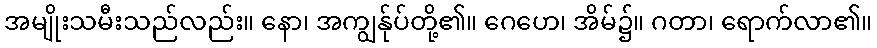
အမျိုးသမီးသည်လည်း။ နော၊ အကျွန်ုပ်တို့၏။ ဂေဟေ၊ အိမ်၌။ ဂတာ၊ ရောက်လာ၏။